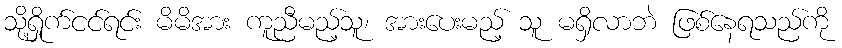
သို့ရှိုက်ငင်ရင်း မိမိအား ကူညီမည့်သူ၊ အားပေးမည့် သူ မရှိလာဘဲ ဖြစ်နေရသည်ကို